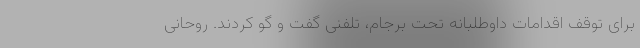
برای توقف اقدامات داوطلبانه تحت برجام، تلفنی گفت و گو کردند. روحانی